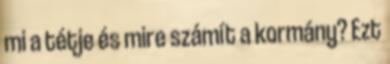
mi a tétje és mire számít a kormány? Ezt